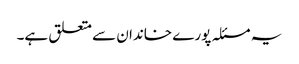
یہ مسئلہ پورے خاندان سے متعلق ہے۔